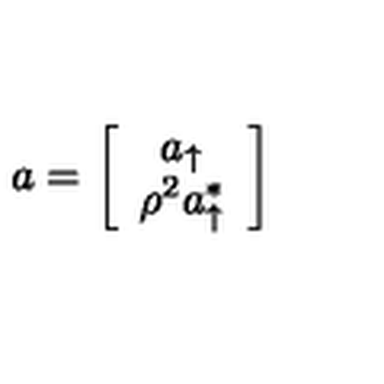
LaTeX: a = \left[ \begin{array} { c } { a _ { \uparrow } } \\ { \rho ^ { 2 } a _ { \uparrow } ^ { * } } \\ \end{array} \right]